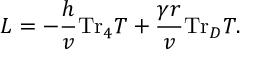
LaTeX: { \cal L } = - \frac { h } { v } \mathrm { T r } _ { 4 } T + \frac { \gamma r } { v } \mathrm { T r } _ { D } T .